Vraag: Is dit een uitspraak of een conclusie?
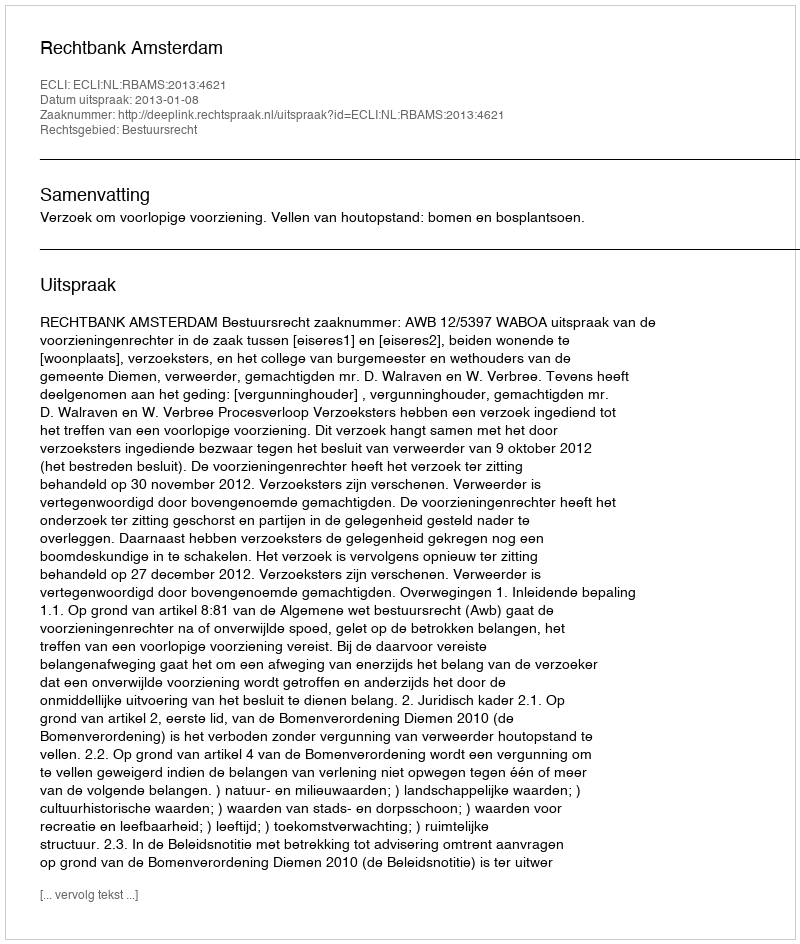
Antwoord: Uitspraak